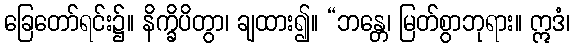
ခြေတော်ရင်း၌။ နိက္ခိပိတွာ၊ ချထား၍။ “ဘန္တေ၊ မြတ်စွာဘုရား။ ဣဒံ၊